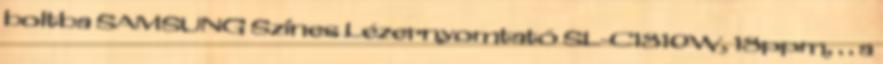
boltba SAMSUNG Színes Lézernyomtató SL-C1810W, 18ppm, . . a